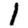
Digit: 1